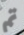
تم